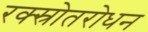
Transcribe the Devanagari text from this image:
रक्स्रोतरोधन